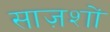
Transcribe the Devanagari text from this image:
साज़शों